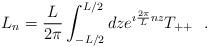
LaTeX: \begin{align*}L_n={L\over 2\pi}\int_{-L/2}^{L/2}dz e^{\imath {2\pi\over L}nz} T_{++}~~.\end{align*}